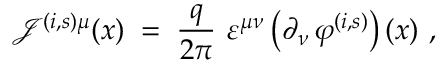
{ \mathcal J } ^ { ( i , s ) \mu } ( x ) \; = \; \frac { q } { 2 \pi } ~ \varepsilon ^ { \mu \nu } \left( \partial _ { \nu } \, \varphi ^ { ( i , s ) } \right) ( x ) ~ ,